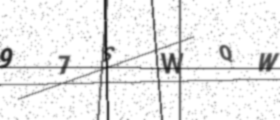
Text: 97SWQW